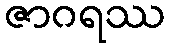
ဇာဂရဿ